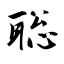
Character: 聡